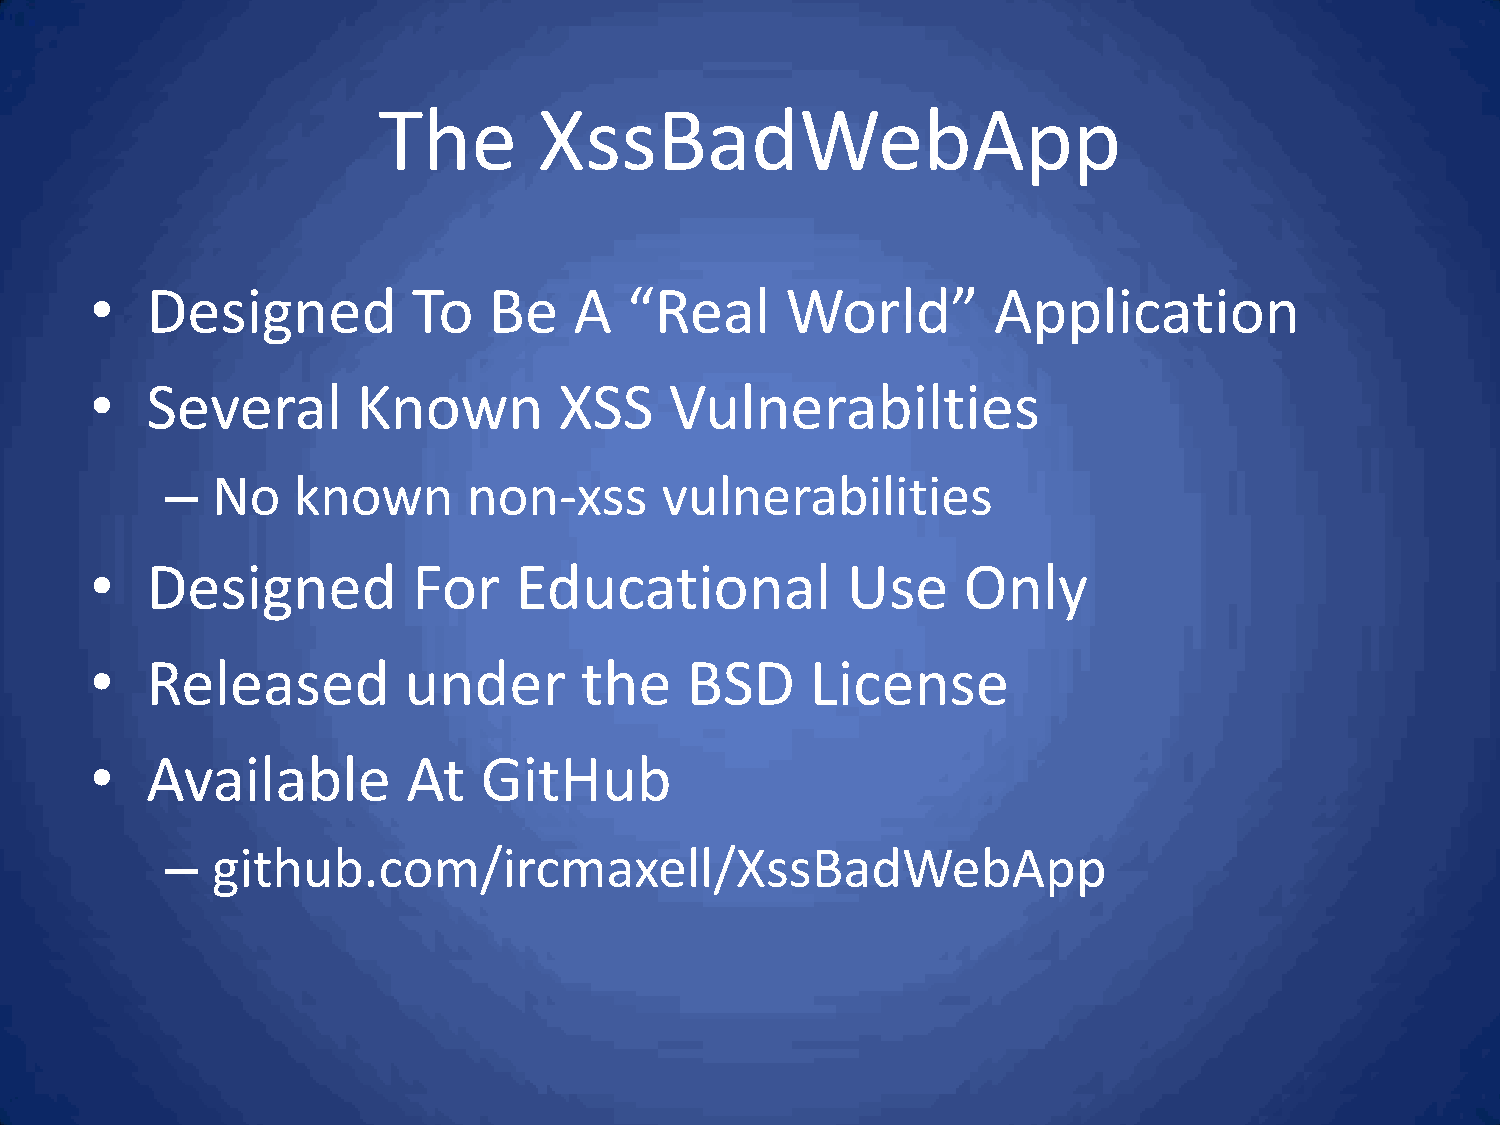
The        XssBadWebApp
 •   Designed         To   Be    A   “Real     World”        Application
 •   Several       Known        XSS    Vulnerabilties
 –  No   known       non-xss      vulnerabilities
 •   Designed         For    Educational           Use     Only
 •   Released         under      the    BSD      License
 •   Available        At   GitHub
 –  github.com/ircmaxell/XssBadWebApp